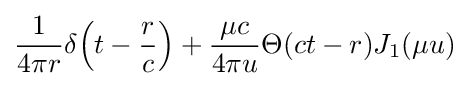
{\frac {1}{4\pi r}}\delta {\left(t-{\frac {r}{c}}\right)}+{\frac {\mu c}{4\pi u}}\Theta (ct-r)J_{1}{\left(\mu u\right)}